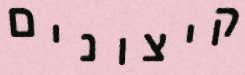
קיצונים